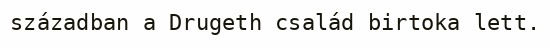
században a Drugeth család birtoka lett.